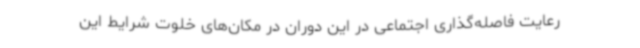
رعایت فاصله‌گذاری اجتماعی در این دوران در مکان‌های خلوت شرایط این